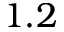
1 . 2